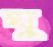
ঘু